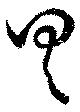
具